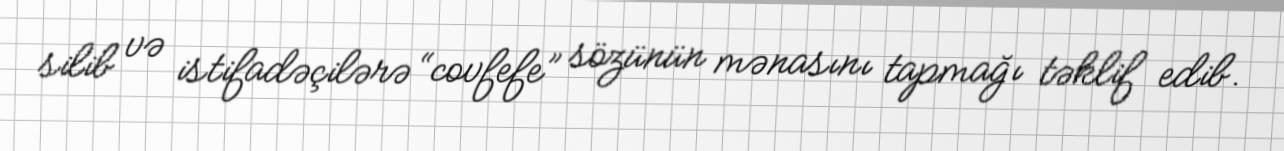
silib və istifadəçilərə “covfefe” sözünün mənasını tapmağı təklif edib.